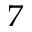
^ 7